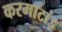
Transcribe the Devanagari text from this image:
करमाटांड़